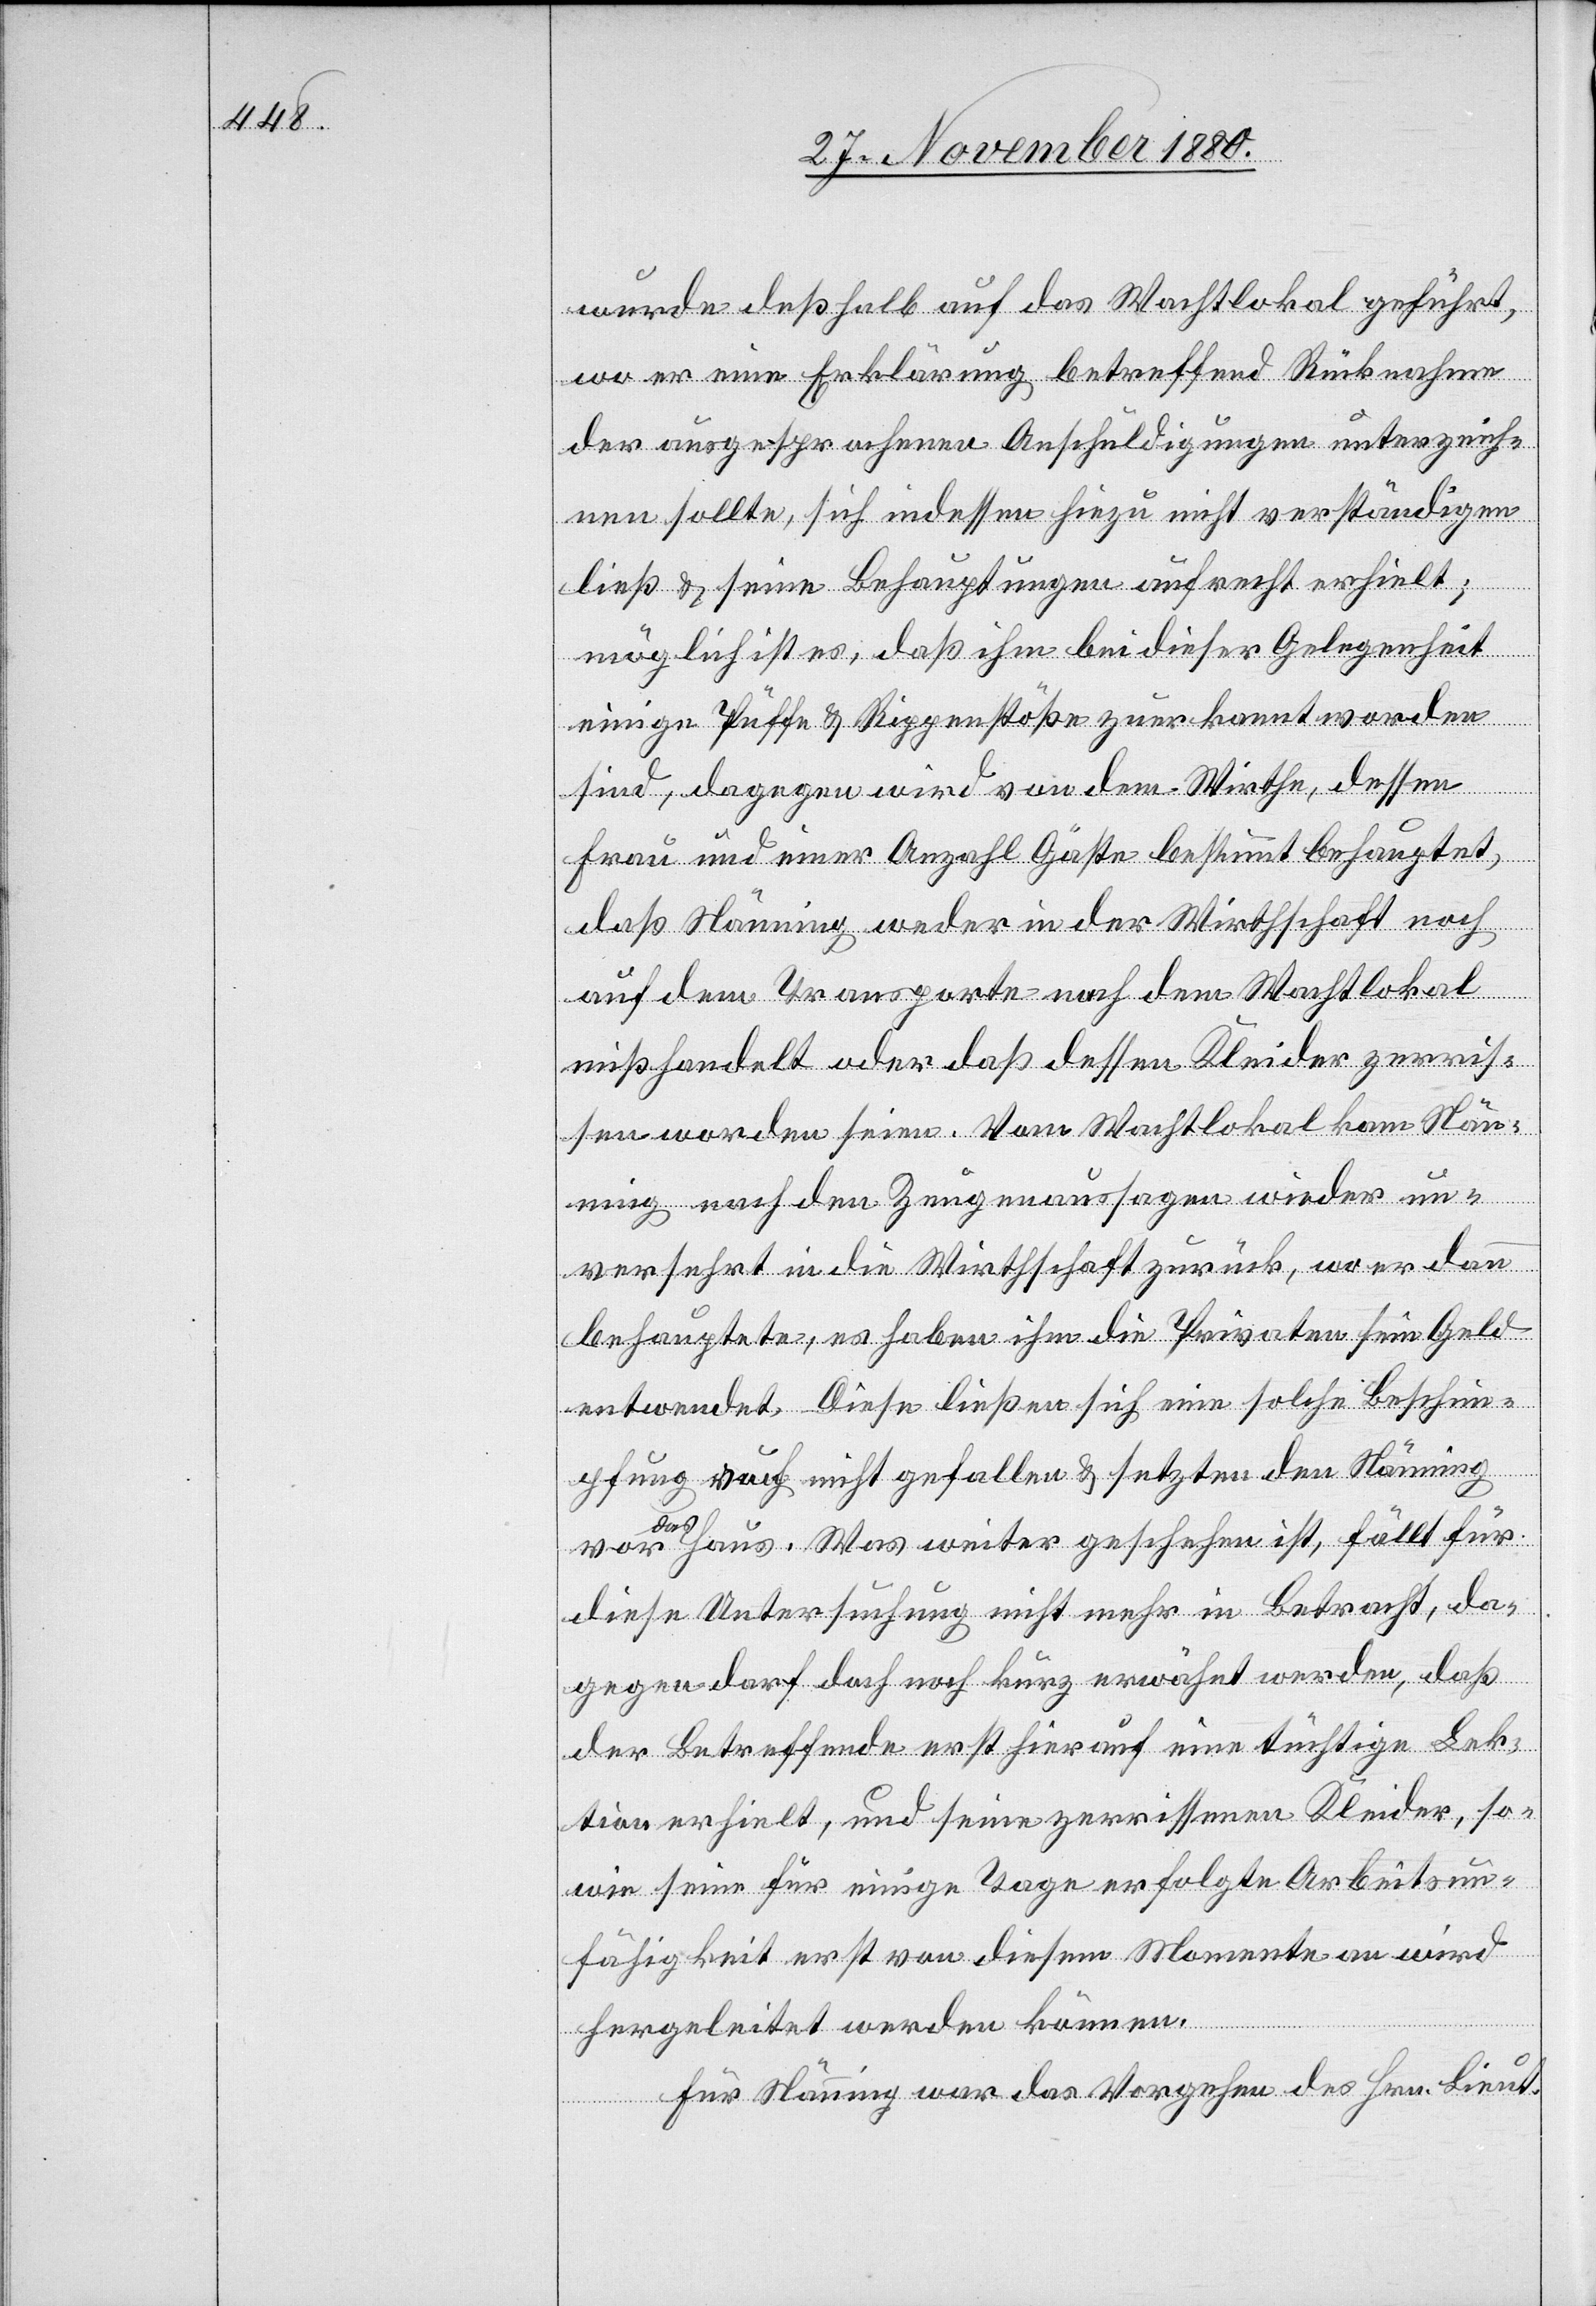
wurde deßhalb auf das Wachtlokal geführt,
wo er eine Erklärung betreffend Rücknahme
der ausgesprochenen Anschuldigungen unterzeich¬
nen sollte, sich indessen hiezu nicht verständigen
ließ & seine Behauptungen aufrecht erhielt;
möglich ist es, daß ihm bei dieser Gelegenheit
einige Püffe & Rippenstöße zuerkannt worden
sind, dagegen wird von dem Wirthe, dessen
Frau und einer Anzahl Gäste bestimmt behauptet,
daß Nänning weder in der Wirthschaft noch
auf dem Transporte noch dem Wachtlokal
mißhandelt oder daß dessen Kleider zerris¬
sen worden seien. Vom Wachtlokal kam Nän¬
ning nach den Zeugenaussagen wieder un¬
versehrt in die Wirthschaft zurück, wo er dann
behauptete, es haben ihm die Privaten sein Geld
entwendet. Diese ließen sich eine solche Beschim¬
pfung [?auch] nicht gefallen & setzten den Nänning
vor das Haus. Was weiter geschehen ist, fällt für
diese Untersuchung nicht mehr in Betracht, da¬
gegen darf doch noch kurz erwähnt werden, daß
der Betreffende erst hierauf eine tüchtige Lek¬
tion erhielt, und seine zerrissenen Kleider, so¬
wie seine für einige Tage erfolgte Arbeitsun¬
fähigkeit erst von diesem Momente an wird
hergeleitet werden können.
Für Nänning war das Vorgehen des Hrn. Lieut.